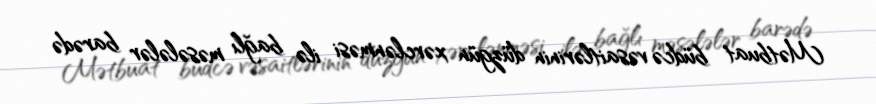
Mətbuat büdcə vəsaitlərinin düzgün xərclənməsi ilə bağlı məsələlər barədə